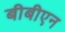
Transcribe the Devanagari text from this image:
बीबीएन